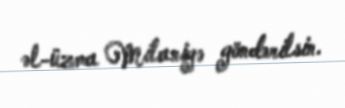
əl-üzma Milaniyə göndərilsin.